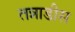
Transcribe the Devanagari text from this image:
तन्नाडीस